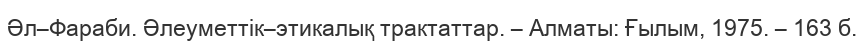
Әл–Фараби. Әлеуметтік–этикалық трактаттар. – Алматы: Ғылым, 1975. – 163 б.